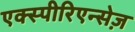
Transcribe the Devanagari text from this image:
एक्स्पीरिएन्सेज़